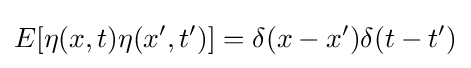
E[\eta (x,t)\eta (x',t')]=\delta (x-x')\delta (t-t')